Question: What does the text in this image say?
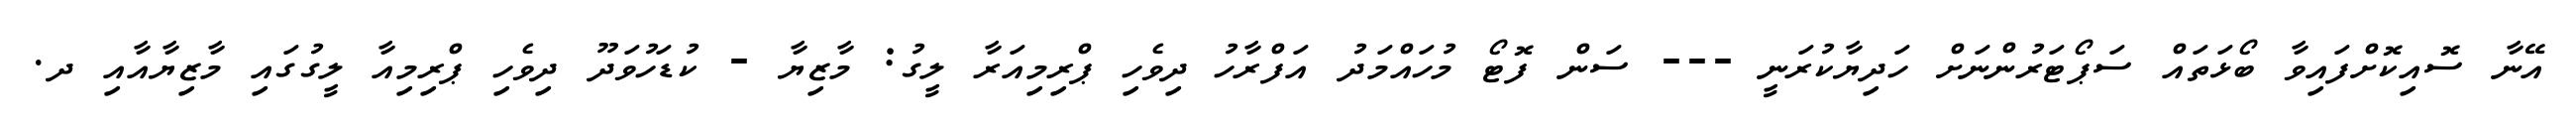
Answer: އޭނާ ސޮއިކޮށްފައިވާ ބޯޅަތައް ސަޕޯޓަރުންނަށް ހަދިޔާކުރަނީ --- ސަން ފޮޓޯ މުހައްމަދު އަފްރާހު ދިވެހި ޕްރިމިއަރާ ލީގު: މާޒިޔާ - ކުޑަހުވަދޫ ދިވެހި ޕްރިމިއާ ލީގުގައި މާޒިޔާއާއި ދ.